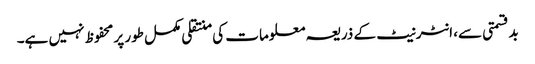
بدقسمتی سے، انٹرنیٹ کے ذریعہ معلومات کی منتقلی مکمل طور پر محفوظ نہیں ہے۔